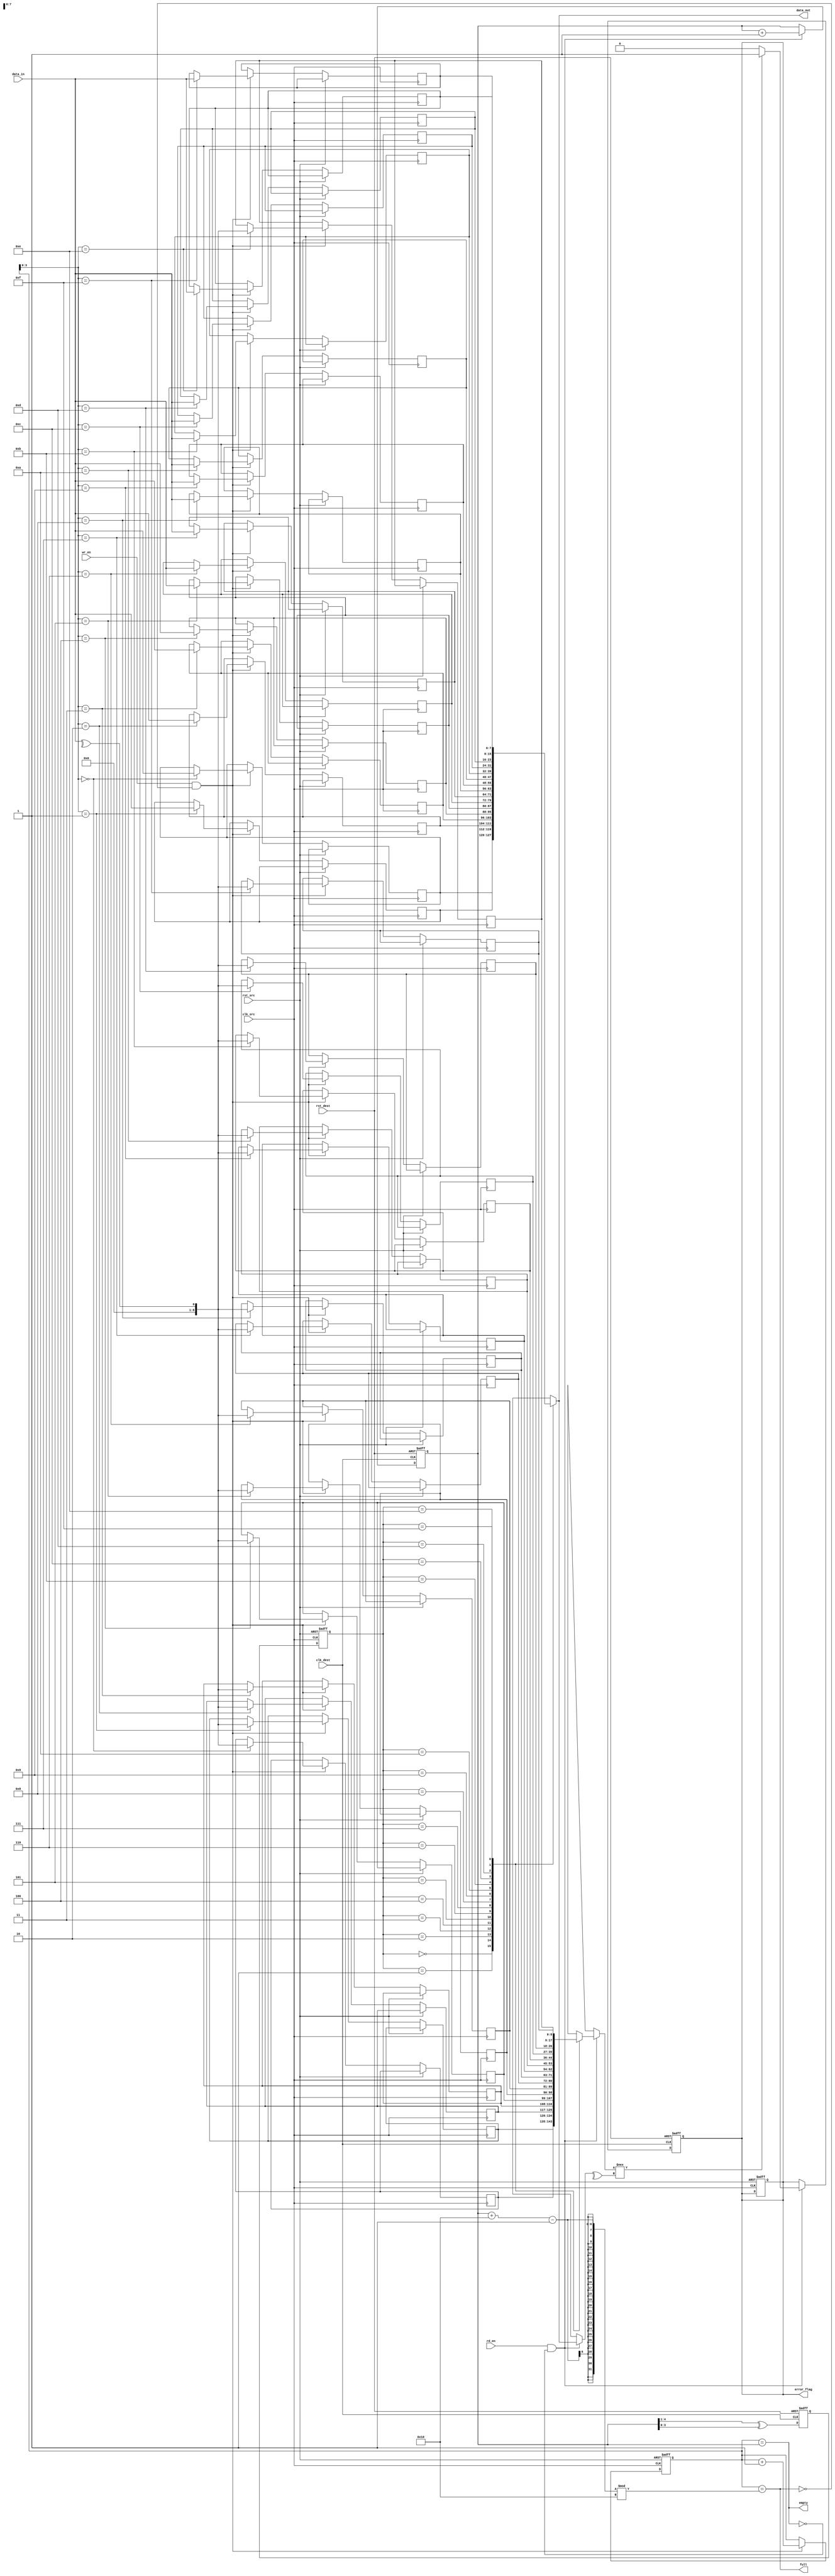
module dual_clock_fifo #(
    parameter DATA_WIDTH = 8,
    parameter FIFO_DEPTH = 16
)(
    input wire clk_src,
    input wire clk_dest,
    input wire rst_src,
    input wire rst_dest,
    input wire [DATA_WIDTH-1:0] data_in,
    input wire wr_en,
    output wire full,
    output wire empty,
    output wire [DATA_WIDTH-1:0] data_out,
    input wire rd_en,
    output wire error_flag
);

    // FIFO memory
    reg [DATA_WIDTH-1:0] fifo_mem[FIFO_DEPTH-1:0];
    reg [DATA_WIDTH:0] parity_mem[FIFO_DEPTH-1:0]; // Parity bit included
    reg [4:0] wr_ptr; // Write pointer
    reg [4:0] rd_ptr; // Read pointer
    reg [4:0] wr_ptr_gray; // Gray code write pointer
    reg [4:0] rd_ptr_gray; // Gray code read pointer
    reg [4:0] wr_ptr_sync; // Synchronized write pointer
    reg [4:0] rd_ptr_sync; // Synchronized read pointer

    // Full and empty flags
    assign full = (wr_ptr[4:0] == (rd_ptr[4:0] + FIFO_DEPTH - 1) % FIFO_DEPTH);
    assign empty = (wr_ptr[4:0] == rd_ptr[4:0]);

    // Error flag
    reg error_flag_reg;
    assign error_flag = error_flag_reg;

    // Write logic
    always @(posedge clk_src or posedge rst_src) begin
        if (rst_src) begin
            wr_ptr <= 0;
            error_flag_reg <= 0;
        end else if (wr_en && !full) begin
            fifo_mem[wr_ptr[4:0]] <= data_in;
            parity_mem[wr_ptr[4:0]] <= ^data_in; // Even parity generation
            wr_ptr <= wr_ptr + 1;
        end
    end

    // Read logic
    always @(posedge clk_dest or posedge rst_dest) begin
        if (rst_dest) begin
            rd_ptr <= 0;
            error_flag_reg <= 0;
        end else if (rd_en && !empty) begin
            if (parity_mem[rd_ptr_sync[4:0]] !== ^fifo_mem[rd_ptr_sync[4:0]]) begin
                error_flag_reg <= 1; // Parity error detected
            end else begin
                error_flag_reg <= 0;
            end
            rd_ptr <= rd_ptr + 1;
        end
    end

    // Gray code conversion for write pointer
    always @(posedge clk_src or posedge rst_src) begin
        if (rst_src) begin
            wr_ptr_gray <= 0;
        end else begin
            wr_ptr_gray <= (wr_ptr >> 1) ^ wr_ptr; // Convert to Gray code
        end
    end

    // Synchronize write pointer to destination clock domain
    always @(posedge clk_dest or posedge rst_dest) begin
        if (rst_dest) begin
            wr_ptr_sync <= 0;
        end else begin
            wr_ptr_sync <= wr_ptr_gray; // Synchronize write pointer
        end
    end

    // Gray code conversion for read pointer
    always @(posedge clk_dest or posedge rst_dest) begin
        if (rst_dest) begin
            rd_ptr_gray <= 0;
        end else begin
            rd_ptr_gray <= (rd_ptr >> 1) ^ rd_ptr; // Convert to Gray code
        end
    end

    // Synchronize read pointer to source clock domain
    always @(posedge clk_src or posedge rst_src) begin
        if (rst_src) begin
            rd_ptr_sync <= 0;
        end else begin
            rd_ptr_sync <= rd_ptr_gray; // Synchronize read pointer
        end
    end

    // Output data
    assign data_out = fifo_mem[rd_ptr_sync[4:0]];

endmodule